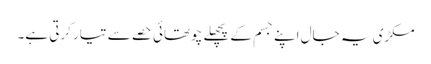
مکڑی یہ جال اپنے جسم کے پچھلے چوتھائی حصے سے تیار کرتی ہے۔